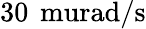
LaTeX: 30\, \mathrm{\ murad/s}